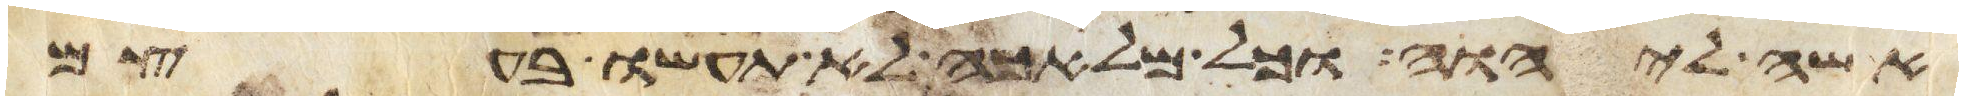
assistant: אשה ליהוה וכל מלאכה לא תעשו בעצם